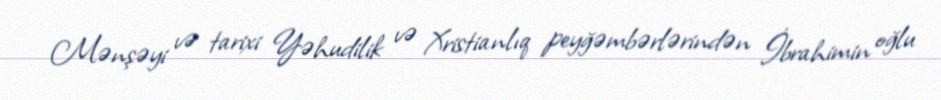
Mənşəyi və tarixi Yəhudilik və Xristianlıq peyğəmbərlərindən İbrahimin oğlu